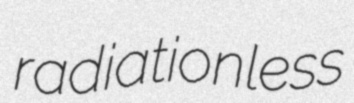
radiationless